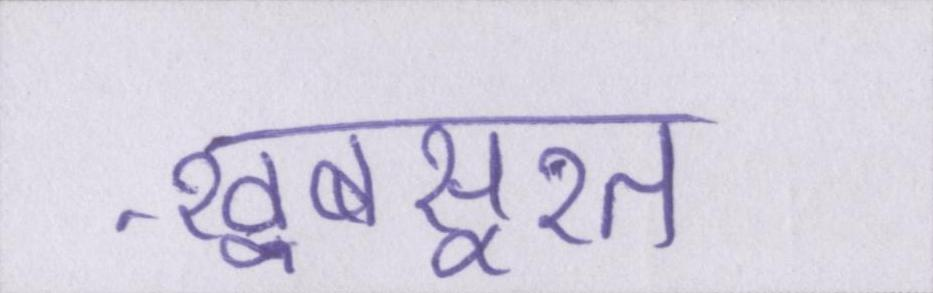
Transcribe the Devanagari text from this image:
ख़ूबसूरत